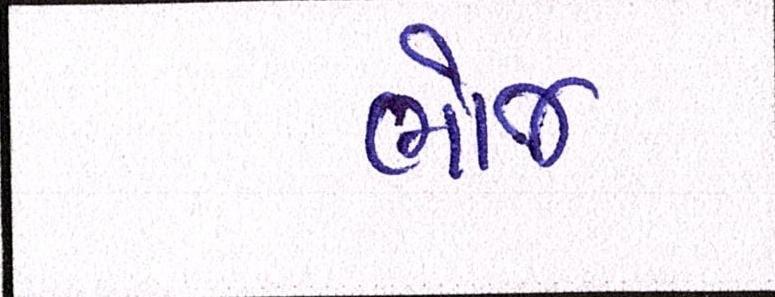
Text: ભોજ